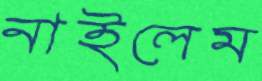
নাইলেম